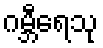
ဂမ္ဘီရေသု